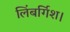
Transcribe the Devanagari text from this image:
लिंबर्गिश।